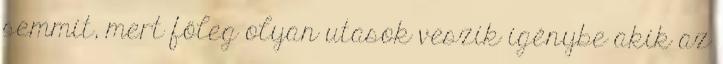
semmit, mert főleg olyan utasok veszik igénybe akik az